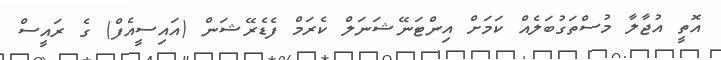
އޮތީ އުޖާލާ މުސްތަގުބަލެއް ކަމަށް އިންޓަނޭޝަަނަލް ކެރަމް ފެޑެރޭޝަން (އައިސީއެފް) ގެ ރައީސް